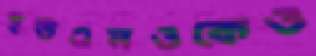
ইউএনওকেও